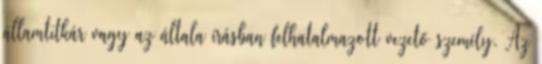
államtitkár vagy az általa írásban felhatalmazott vezető személy. Az